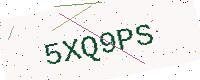
Text: 5XQ9PS